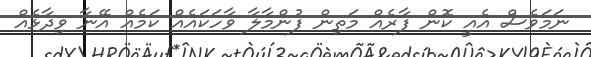
ނަމަވެސް އެއީ ކޮން ފާރެއް މަތިން ފުންމާލާ ވާހަކައެއް ކަމެއް އޭނާ ވިދާޅެއް